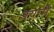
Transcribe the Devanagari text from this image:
श्यामै